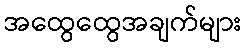
အထွေထွေအချက်များ